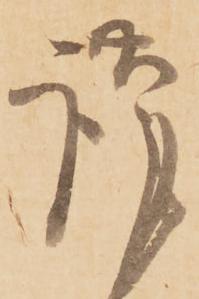
謹